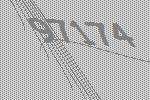
97174